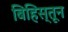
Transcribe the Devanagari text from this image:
बिहिस्तून